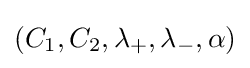
(C_{1},C_{2},\lambda _{+},\lambda _{-},\alpha )